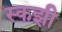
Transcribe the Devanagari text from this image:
स्कझी